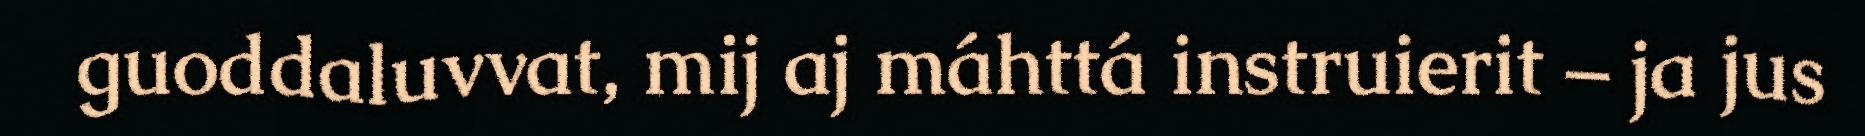
guoddaluvvat, mij aj máhttá instruierit – ja jus